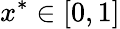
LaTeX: {{x}^{*}}\in\left[0,1\right]